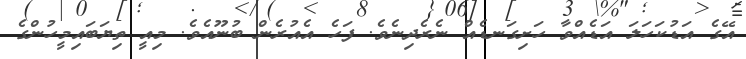
އޭގެ އަޑުކަހަލަ އަޑެއްވާ ހަށިގަނޑެއް ނެރެދިނެވެ. ފަހެ އެއުރެން ބުނޫއެވެ. މިއީ ތިޔަބައިމީހުންގެ